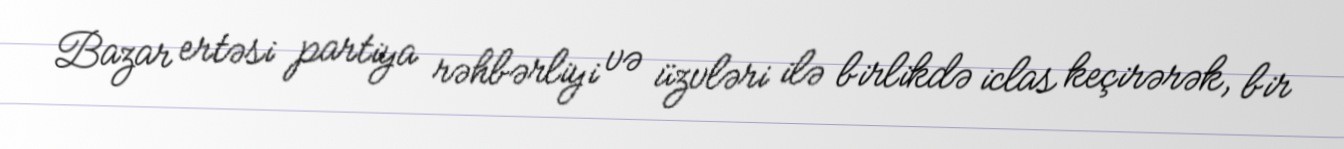
Bazar ertəsi partiya rəhbərliyi və üzvləri ilə birlikdə iclas keçirərək, bir